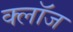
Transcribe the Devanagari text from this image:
क्लाॅज